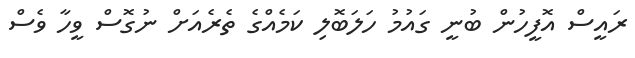
ރައީސް އޮފީހުން ބުނީ ގައުމު ހަލަބޮލި ކަމެއްގެ ތެރެއަށް ނުގޮސް ވީހާ ވެސް